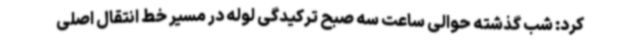
کرد: شب گذشته حوالی ساعت سه صبح ترکیدگی لوله در مسیر خط انتقال اصلی